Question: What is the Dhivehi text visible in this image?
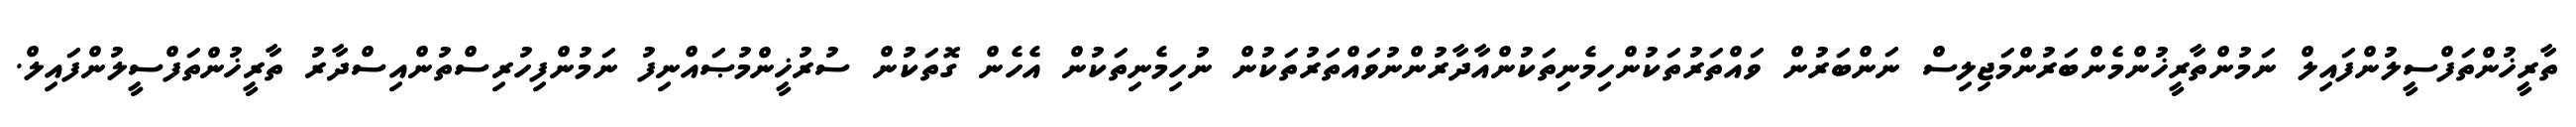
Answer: ތާރީޚުންތަފްސީލުންފައިލް ނަމުންތާރީޚުންމެންބަރުންމަޖިލިސް ނަންބަރުން ވައްތަރުތަކުންހިމެނިތަކުންއާދާރުންނުވައްތަރުތަކުން ނުހިމެނިތަކުން އެހެން ގޮތަކުން ސުރުޚީންމުޞައްނިފު ނަމުންފިހުރިސްތުންއިސްދާރު ތާރީޚުންތަފްސީލުންފައިލް.